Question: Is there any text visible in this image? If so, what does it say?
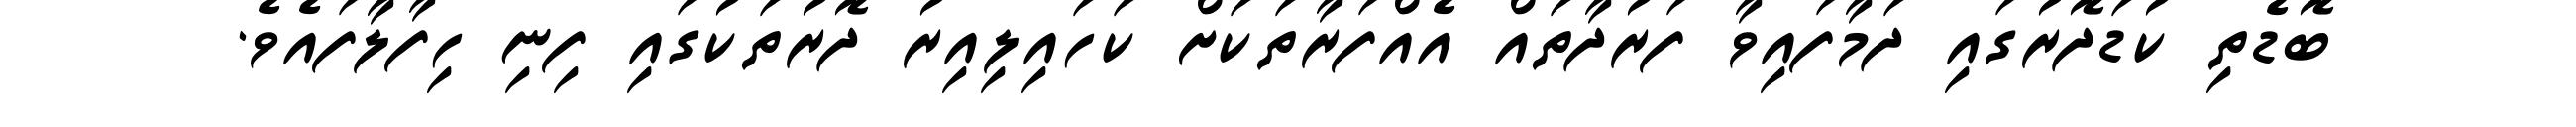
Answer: ބޮޑެތި ކުޑަދޮރުގައި ދަމާފައިވާ ފަރުދާތައް އެއްފަރާތަކަށް ކަހައިލިއިރު ދޮރުތަކުގައި ފިނި ހިފާލާފައެވެ.